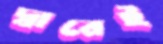
দ্বারেই